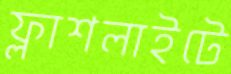
ফ্লাশলাইটে